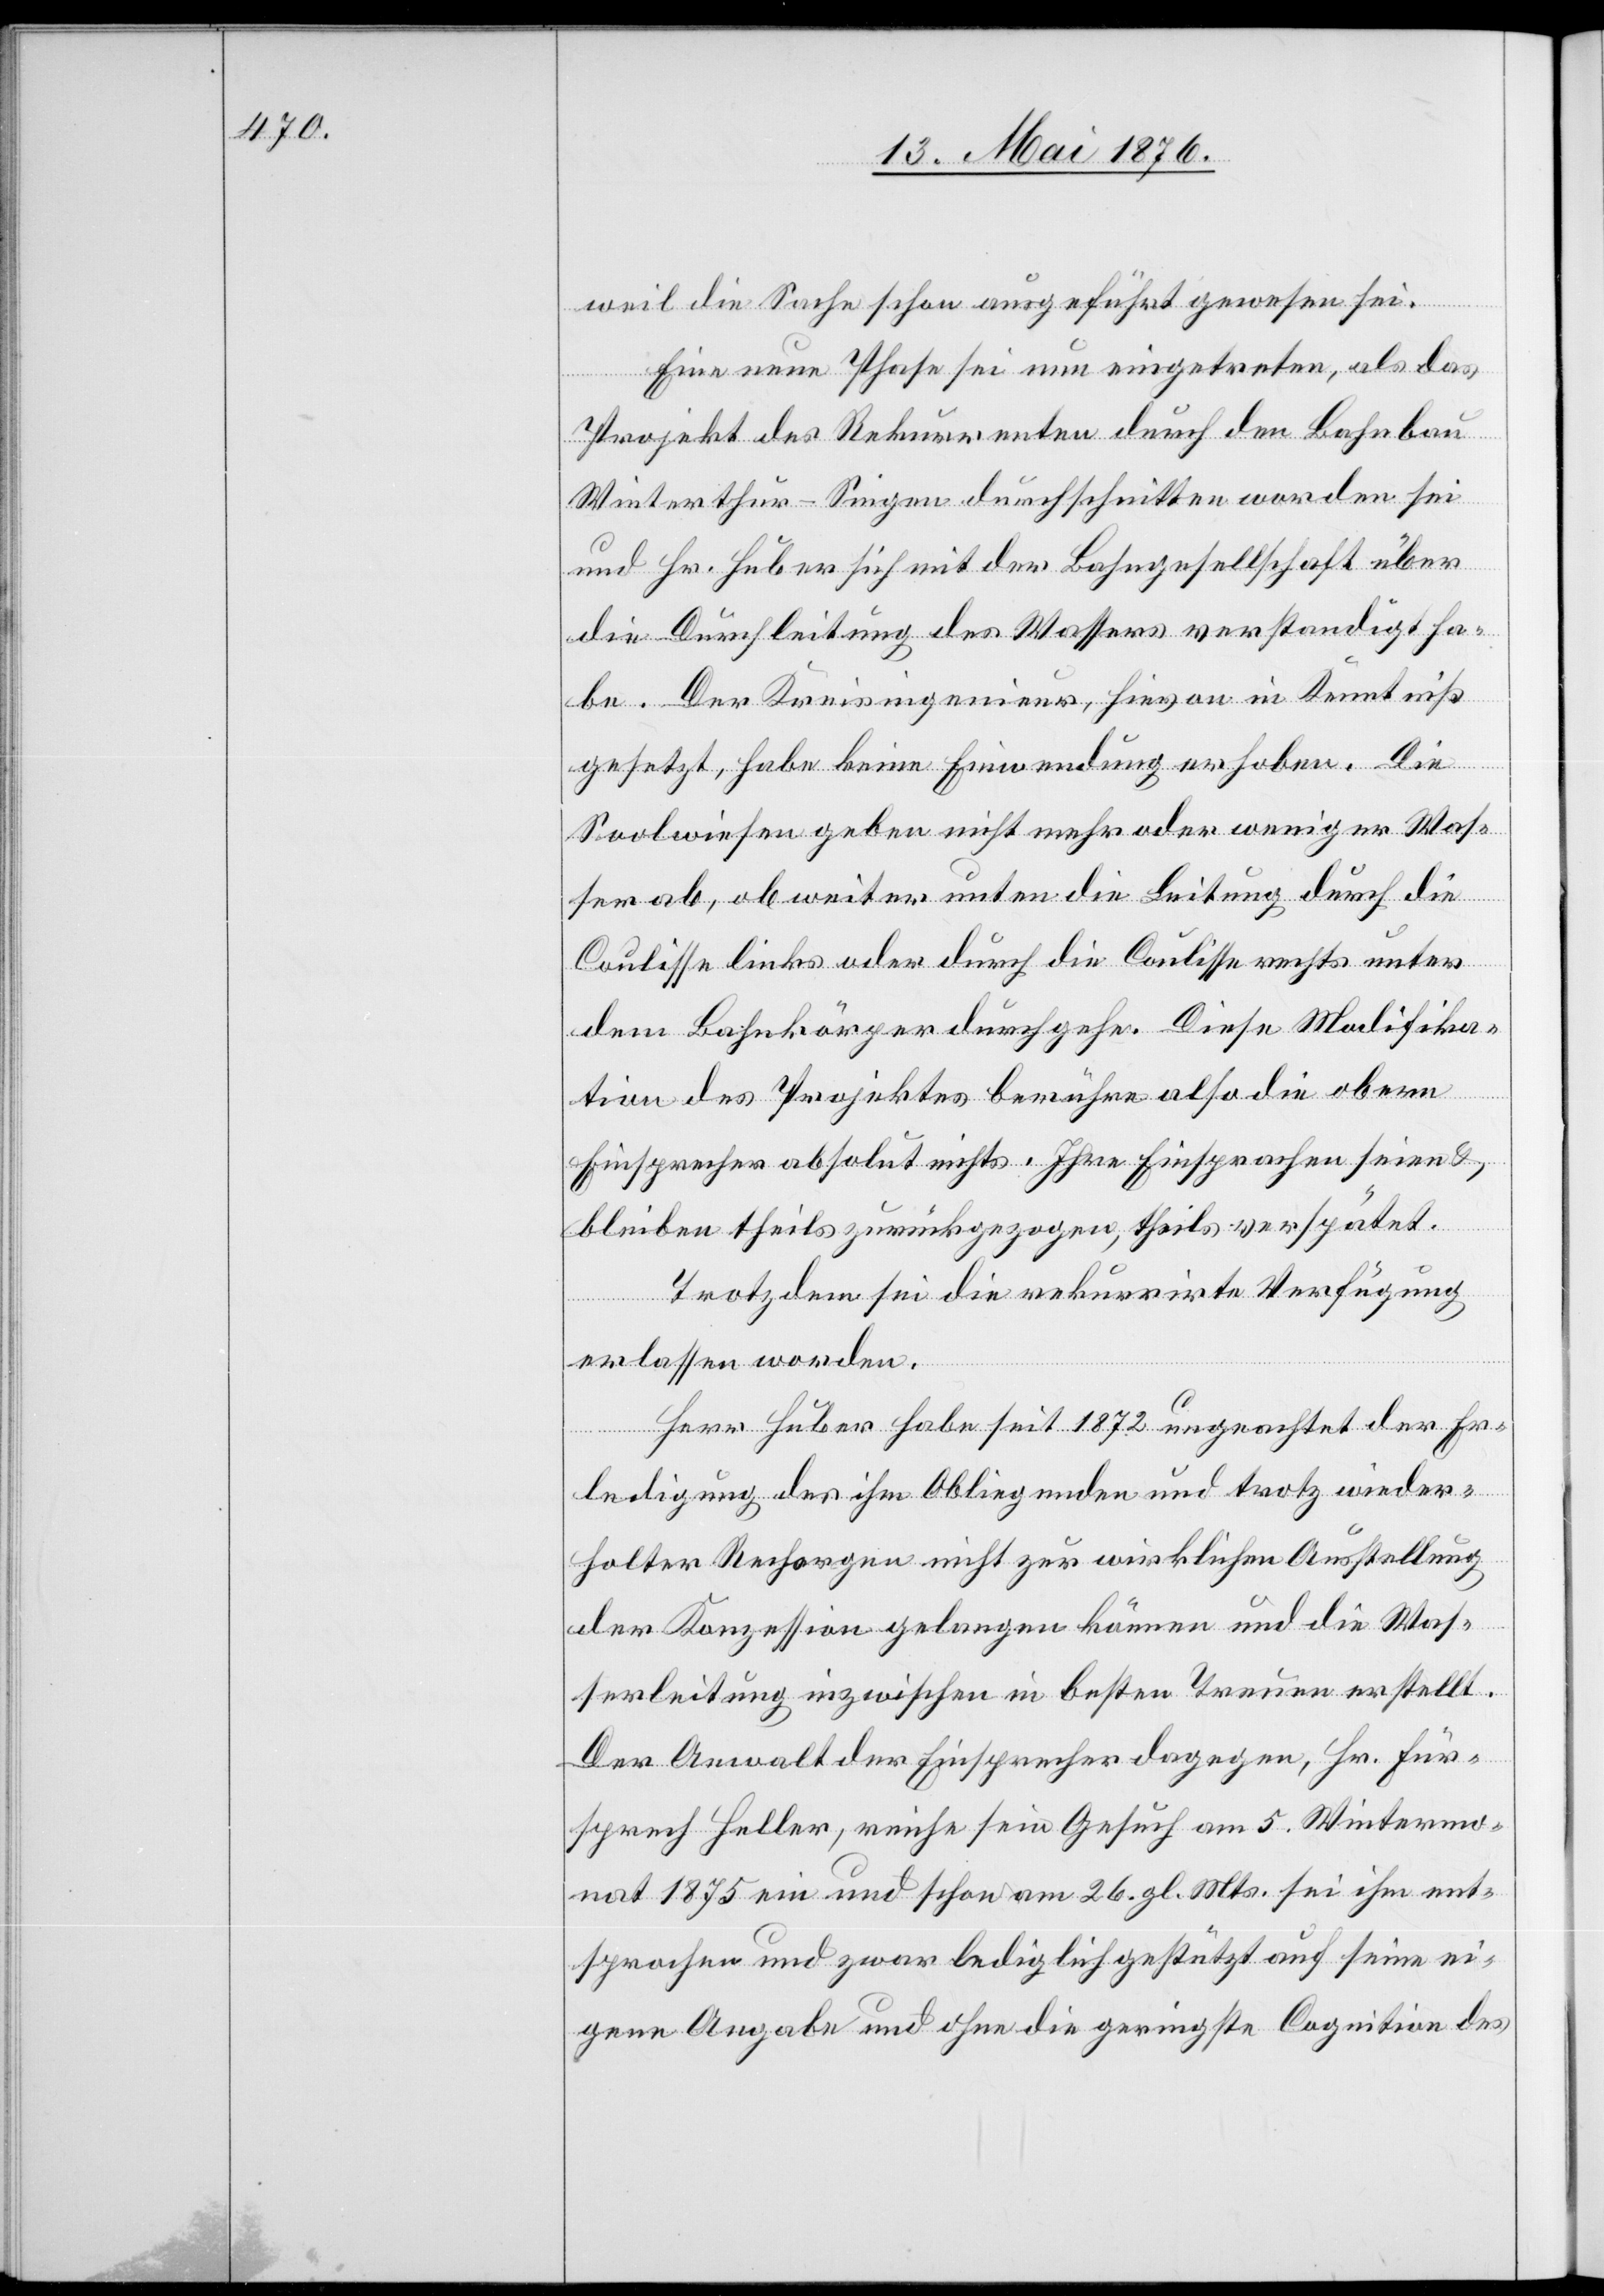
weil die Sache schon ausgeführt gewesen sei.
Eine neue Phase sei nun eingetreten, als das
Projekt des Rekurrenten durch den Bahnbau
Winterthur–Singen durchschnitten worden sei
und Hr. Huber sich mit der Bahngesellschaft über
die Durchleitung des Wassers verständigt ha¬
be. Der Kreisingenieur, hievon in Kenntniß
gesetzt, habe keine Einwendung erhoben. Die
Soolwiesen geben nicht mehr oder weniger Was¬
ser ab, ob weiter unten die Leitung durch die
Coulisse links oder durch die Coulisse rechts unter
dem Bahnkörper durchgehe. Diese Malifika¬
tion des Projektes berühre also die obern
Einsprecher absolut nichts. Ihre Einsprachen seien &
bleiben theils zurückgezogen, theils verspätet.
Trotzdem sei die rekurrirte Verfügung
erlassen worden.
Herr Huber habe seit 1872 ungeachtet der Er¬
ledigung des ihm Obliegenden und trotz wieder¬
holter Rechargen nicht zur wirklichen Ausstellung
der Konzession gelangen können und die Was¬
serleitung inzwischen in besten Trennen erstellt.
Der Anwalt der Einsprecher dagegen, Hr. Für¬
sprech Heller, reiche sein Gesuch am 5. Wintermo¬
nat 1875 ein und schon am 26. gl. Mts. sei ihm ent¬
sprochen und zwar lediglich gestützt auf seine ei¬
gene Angabe und ohne die geringste Cognition des